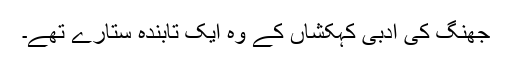
جھنگ کی ادبی کہکشاں کے وہ ایک تابندہ ستارے تھے۔